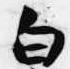
白